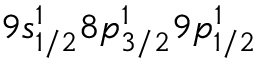
9 s _ { 1 / 2 } ^ { 1 } 8 p _ { 3 / 2 } ^ { 1 } 9 p _ { 1 / 2 } ^ { 1 }